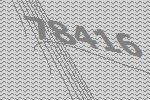
78416